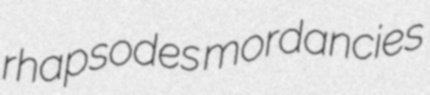
rhapsodes mordancies